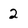
Character: 2